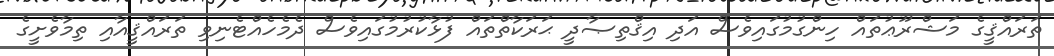
ތަރައްޤީގެ މަޝްރޫޢުތައް ހިންގުމުގައިވެސް އަދި އިޤްތިޞާދީ ޙަރަކާތްތައް ފުޅާކުރުމުގައިވެސް ދެމެހެއްޓެނިވި ތަރައްޤީއާއި ތިމާވެށީގެ